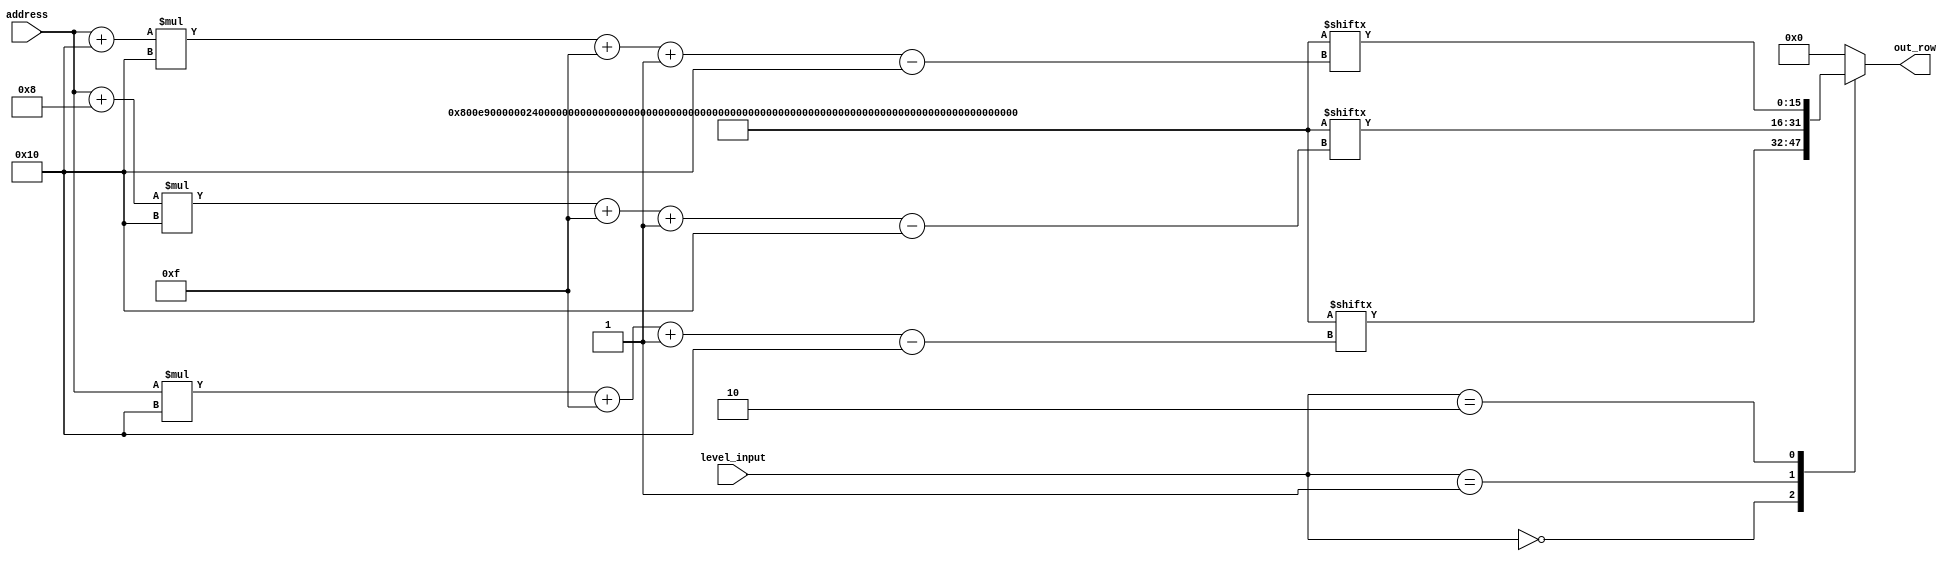
/*
   This file was generated automatically by Alchitry Labs version 1.2.7.
   Do not edit this file directly. Instead edit the original Lucid source.
   This is a temporary file and any changes made to it will be destroyed.
*/

module maps_25 (
    input [15:0] address,
    input [15:0] level_input,
    output reg [15:0] out_row
  );
  
  
  
  localparam MAP = 384'h000800e900000024001900c2007600300021002a000200f200040040007000c600200018009200800046004c00000020;
  
  always @* begin
    
    case (level_input)
      1'h0: begin
        out_row = MAP[(address)*16+15-:16];
      end
      1'h1: begin
        out_row = MAP[(address + 4'h8)*16+15-:16];
      end
      2'h2: begin
        out_row = MAP[(address + 5'h10)*16+15-:16];
      end
      default: begin
        out_row = 16'h0000;
      end
    endcase
  end
endmodule